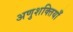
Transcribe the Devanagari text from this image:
अणुशक्तियाँ